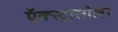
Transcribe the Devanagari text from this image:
ऍक्स्ट्रासोलर